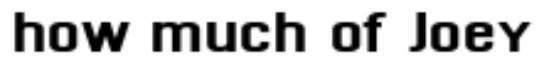
how much of Joey